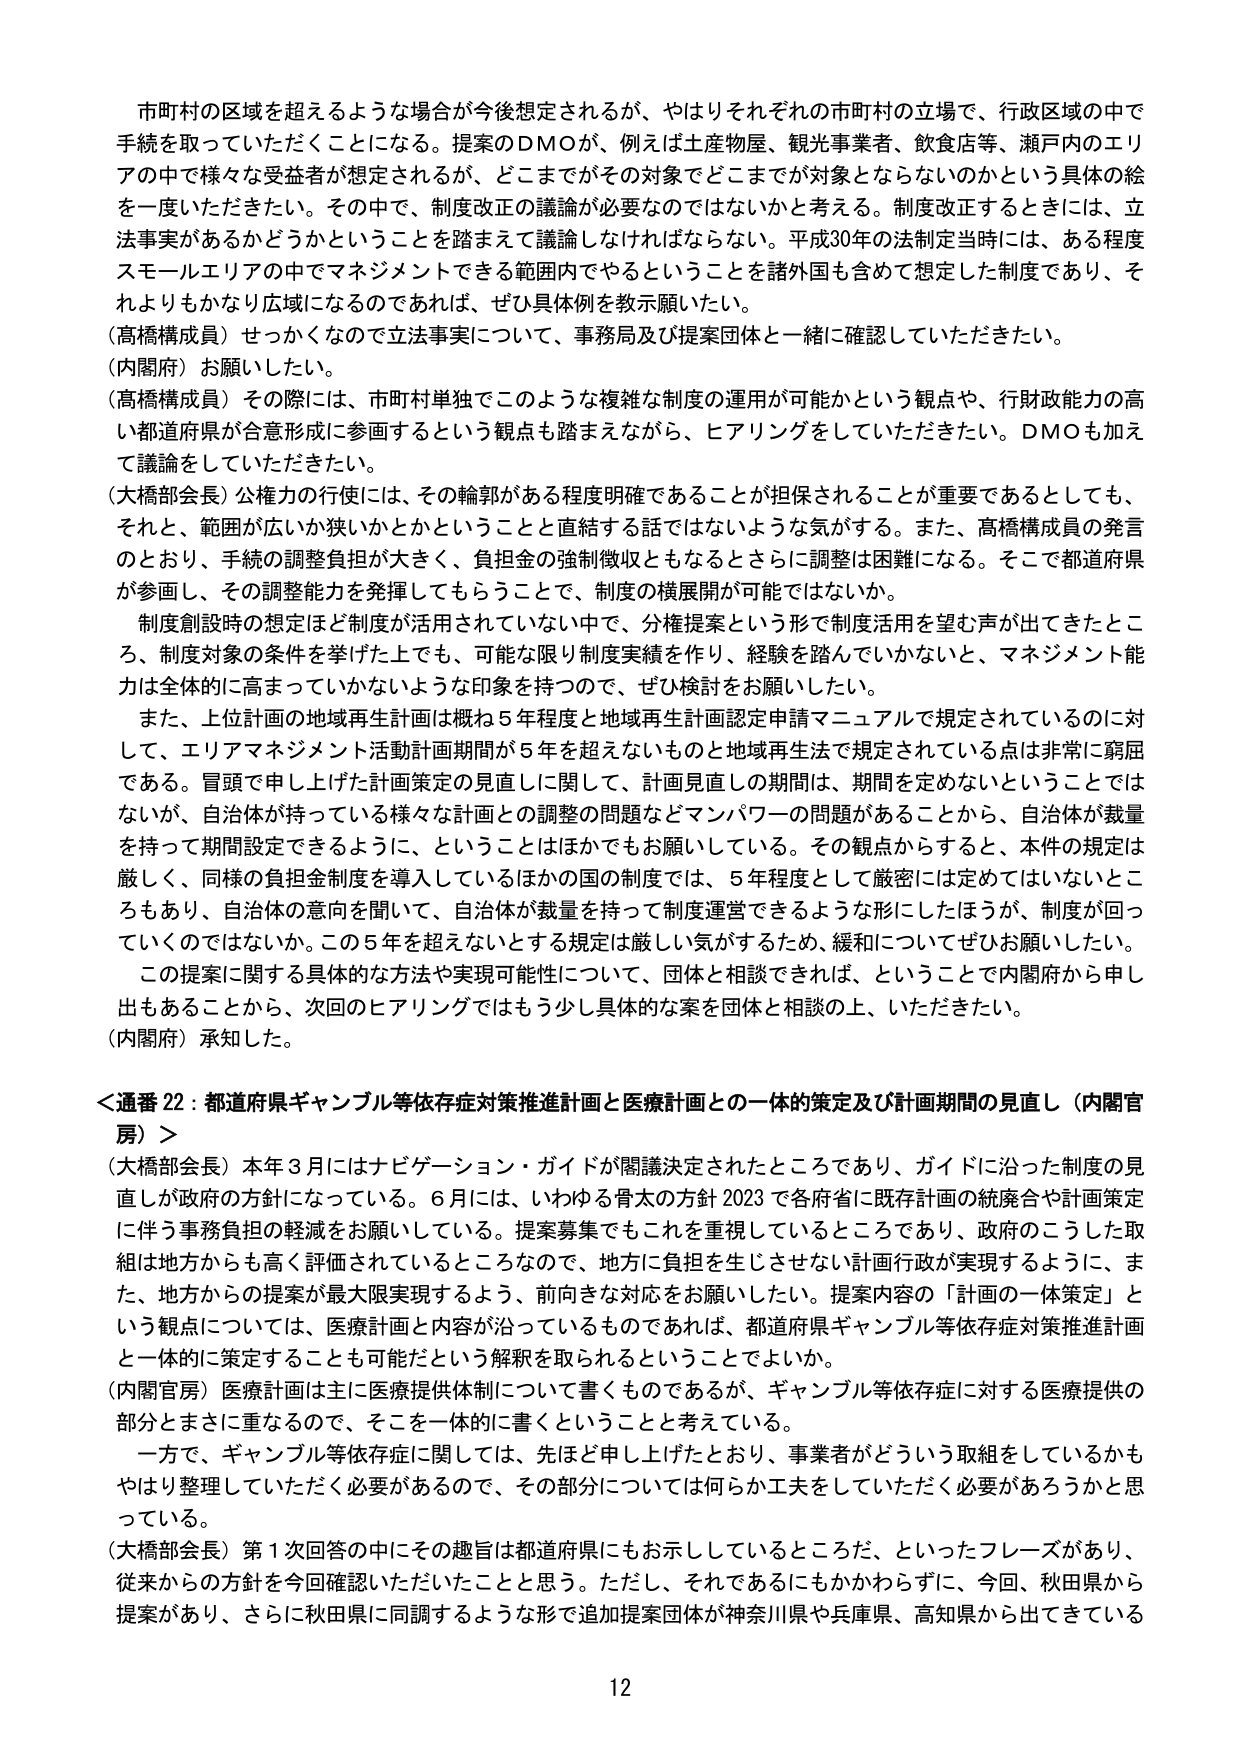
市町村の区域を超えるような場合が今後想定されるが、やはりそれぞれの市町村の立場で、行政区域の中で手続を取っていただくことになる。提案のDMOが、例えば土産物屋、観光事業者、飲食店等、瀬戸内のエリアの中で様々な受益者が想定されるが、どこまでがその対象でどこまでが対象とならないのかという具体的な線を一度いただきたい。その中で、制度改正の議論が必要なのではないかと考える。制度改正するときには、立法事実があるかどうかということを踏まえて議論しなければならない。平成30年の法制定当時には、ある程度スモールエリアの中でマネジメントできる範囲内でやることを諸外国も含めて想定した制度であり、それよりもかなり広域になるのであれば、ぜひ具体例を教示願いたい。

（高橋構成員）せっかくなので立法事実について、事務局及び提案団体と一緒に確認していただきたい。

（内閣府）お願いしたい。

（高橋構成員）その際には、市町村単独でこのような複雑な制度の運用が可能かという観点や、行財政能力の高い都道府県が合意形成に参画するという観点も踏まえながら、ヒアリングをしていただきたい。DMOも加えて議論をしていただきたい。

（大橋部会長）公権力の行使には、その輪郭がある程度明確であることが担保されることが重要であるとしても、それと、範囲が広いか狭いかとかということと直結する話ではないような気がする。また、高橋構成員の発言のとおり、手続の調整負担が大きく、負担金の強制徴収ともなるとさらに調整は困難になる。そこで都道府県が参画し、その調整能力を発揮してもらうことで、制度の横展開が可能ではないか。

制度創設時の想定ほど制度が活用されていない中で、分権提案という形で制度活用を望む声が出てきたところ、制度対象の条件を挙げた上でも、可能な限り制度実績を作り、経験を踏んでいかないと、マネジメント能力は全体的に高まっていかないような印象を持つので、ぜひ検討をお願いしたい。

また、上位計画の地域再生計画は概ね5年程度と地域再生計画認定申請マニュアルで規定されているのに対して、エリアマネジメント活動計画期間が5年を超えないものと地域再生法で規定されている点は非常に窮屈である。冒頭で申し上げた計画策定の見直しに関して、計画見直しの期間は、期間を定めないということではないが、自治体が持っている様々な計画との調整の問題などマンパワーの問題があることから、自治体が裁量を持って期間設定できるように、ということはほかでもお願いしている。その観点からすると、本件の規定は厳しく、同様の負担金制度を導入しているほかの国の制度では、5年程度として厳密には定めてはいないところもあり、自治体の意向を聞いて、自治体が裁量を持って制度運営できるような形にしたほうが、制度が回っていくのではないか。この5年を超えないとする規定は厳しい気がするため、緩和についてぜひお願いしたい。

この提案に関する具体的な方法や実現可能性について、団体と相談できれば、ということで内閣府から申し出もあることから、次回のヒアリングではもう少し具体的な案を団体と相談の上、いただきたい。

（内閣府）承知した。

＜通番22：都道府県ギャンブル等依存症対策推進計画と医療計画との一体的策定及び計画期間の見直し（内閣官房）＞

（大橋部会長）本年3月にはナビゲーション・ガイドが閣議決定されたところであり、ガイドに沿った制度の見直しが政府の方針になっている。6月には、いわゆる骨太の方針2023で各府省に既存計画の統廃合や計画策定に伴う事務負担の軽減をお願いしている。提案募集でもこれを重視しているところであり、政府のこうした取組は地方からも高く評価されているところなので、地方に負担を生じさせない計画行政が実現するように、また、地方からの提案が最大限実現するよう、前向きな対応をお願いしたい。提案内容の「計画の一体策定」という観点については、医療計画と内容が沿っているものであれば、都道府県ギャンブル等依存症対策推進計画と一体的に策定することも可能だという解釈を取られるということでしょうか。

（内閣官房）医療計画は主に医療提供体制について書くものであるが、ギャンブル等依存症に対する医療提供の部分とまさに重なるので、そこを一体的に書くということを考えている。

一方で、ギャンブル等依存症に関しては、先ほど申し上げたとおり、事業者がどういう取組をしているかもやはり整理していただく必要があるので、その部分については何か工夫をしていただく必要があるろうかと思っている。

（大橋部会長）第1次回答の中にその趣旨は都道府県にもお示ししているところだ、といったフレーズがあり、従来からの方針を今回確認いただいたことと思う。ただし、それであるにもかかわらずに、今回、秋田県から提案があり、さらに秋田県に同調するような形で追加提案団体が神奈川県や兵庫県、高知県から出てきている

12